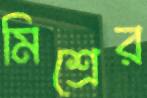
মিশ্রের